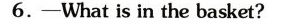
6.-What is in the basket?